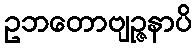
ဥဘတောဗျဉ္ဇနာပိ